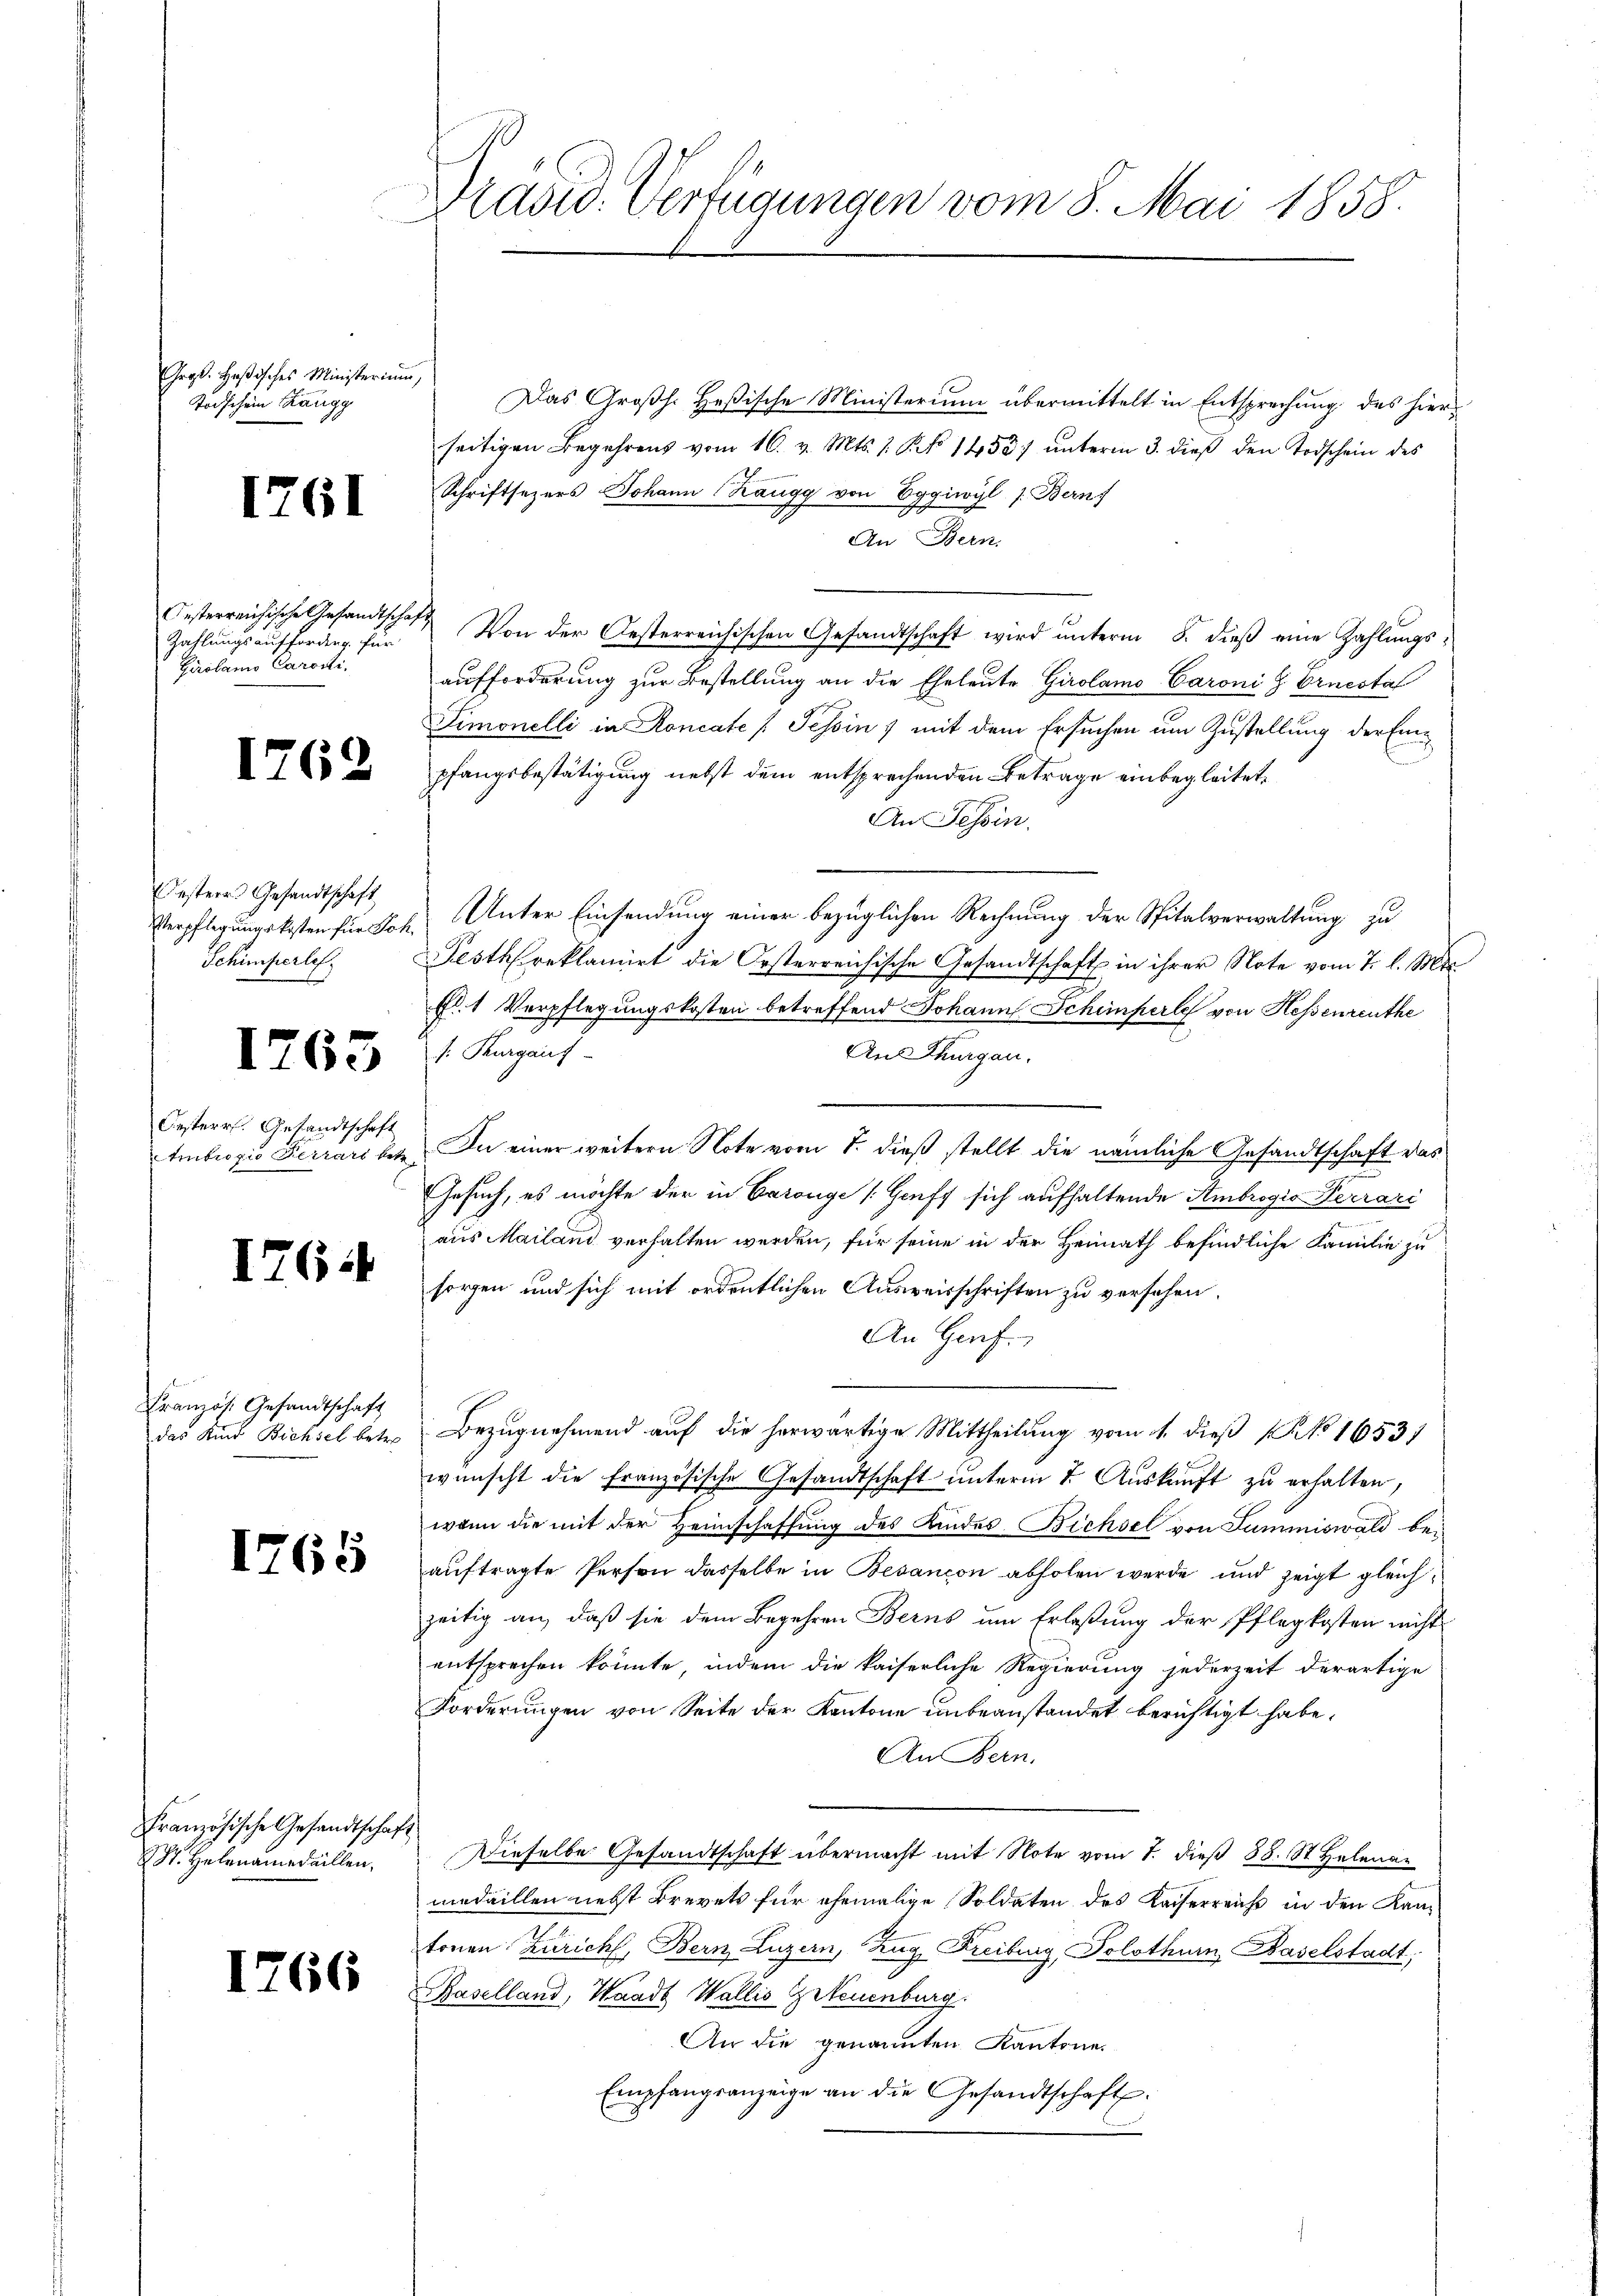
Gras. Heßisches Ministerium
Todschein Zangg

1761

Oesterreichische Gesandtschaf
Zahlungsaufforden für
Gerolamo Carosti

1

762

Festerr. Gesandtschaft
Verpflegungskosten für Sch
Schimperles

1763

Oesterr. Gesandtschaft
Ambrozio Perrari betr

I7644

Französ. Gesandtschaft
das Kind Bichsel betre

1765

Französische Gesandtschaf
Sr. Helenamedaillen,

1266

Präsid. Verfügungen vom 8. Mai 1858.

Das Großh. Heßische Ministerium übermittelt in Entsprechung des hierseitigen Begehrens vom 16. v. Mts. 1. §. 1453/ ŭnterm 3. dieβ den Todschein des
Schriftsezers Johann (Kaugg von Eggiwyl (Bernf
An Bern.
1 Von der Oesterreichischen Gesandtschaft wird unterm 8. dieß eine Zahlungsaufforderung zur Bestellung an die Eheleute Girolamo Caroni l. Ernestal
Simonelli in Roncate (Tessin, mit dem Ersuchen um Zustellung der Einpfangsbestätigung nebst dem entsprechenden Betrage einbegleitet,
An Tessin.
Unter Einsendung einer bezüglichen Rechnung der Spitalverwaltung zu
Festh reklamirt die Oesterreichische Gesandtschaft in ihrer Note vom 7. l. Mat
fl. 1 Verpflegungskosten betreffend Johann Schimperle von Hessenreuthe
s. Kurgauf-
Aus Thurgau.
In einer weitern Note vom 8. dieß stellt die nämliche Gesandtschaft das
Gesuch, es möchte der in Baronge [Gruft sich aufhaltende Ambrogio Terrari
aus Mailand verhalten werden, für seine in der Heimath befindliche Familie zu
sorgen und sich mit ordentlichen Ausweisschriften zu versehen.
An Genf.
Bezugnahmend auf die herwärtige Mittheilung vom 1. dieß (No 1653)
wünscht die französische Gesandtschaft ŭnterm 7. Auskauft zu erhalten,
wenn die mit der Heimschaffung des Kindes Bichsel von Summiswald beauftragte Person dasselbe in Besançon abholen werde und zeigt gleichzeitig an, daß sie dem Begehren Berns um Erlaßung der Pflegkosten nicht
entsprechen könnte, indem die kaiserliche Regierung jederzeit derartige
Forderungen von Seite der Kantone unbeanstandet berichtigt habe.
An Bern.
Dieselbe Gesandtschaft übermacht mit Note vom 7. dieß 88. St. Helenamedaillen nebst Brevets für ehemalige Soldaten des Kaiserreicht in den Kantonen Zürich, Bern Luzern, Zug, Freiburg, Solothur, Baselstadt,
Baselland, Waadt Wallis Getreuenburg.
An die genannten Kantone.
Empfangsanzeige an die Gesandtschaft.